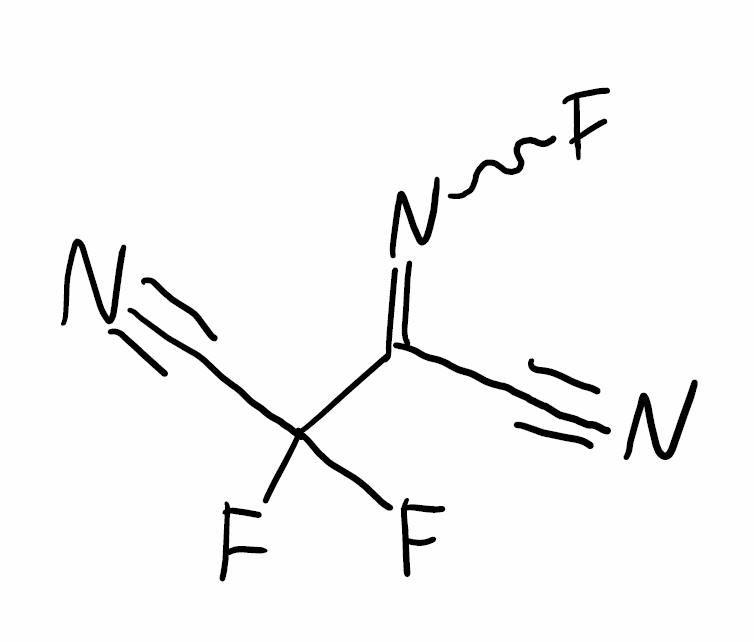
Simplified molecular-input line-entry system (SMILES) notation of the given molecule:
C(#N)C(=NF)C(C#N)(F)F